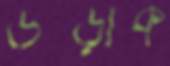
উপ্‌ড়াক